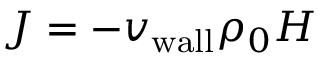
J = - { v _ { \mathrm { w a l l } } } \rho _ { 0 } H